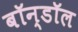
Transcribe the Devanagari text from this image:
बॉन्डॉल